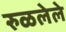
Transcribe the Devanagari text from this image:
रुळलेले